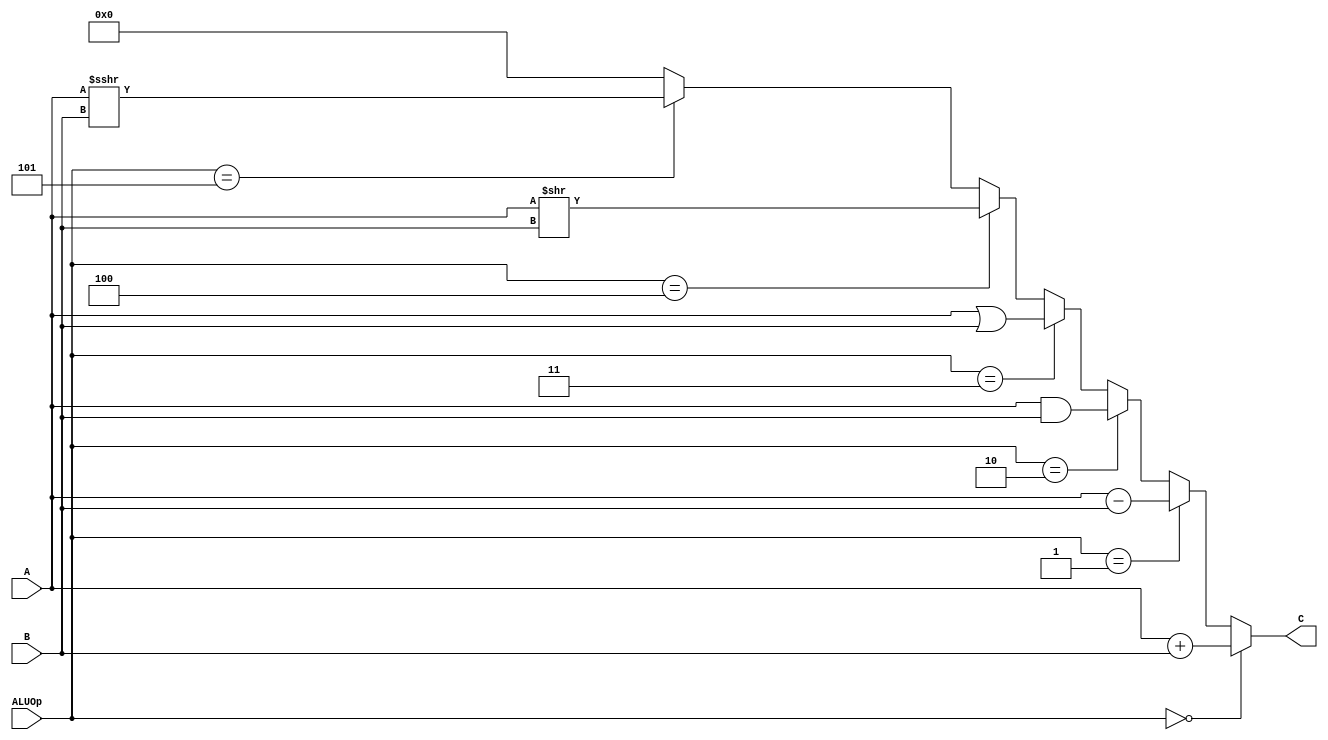
`timescale 1ns / 1ps
module alu(
    input [31:0] A,
    input [31:0] B,
    input [2:0] ALUOp,
    output [31:0] C
    );
	 
assign C=(ALUOp==3'b000)?(A+B):
		 (ALUOp==3'b001)?(A-B):
		 (ALUOp==3'b010)?(A&B):
		 (ALUOp==3'b011)?(A|B):
		 (ALUOp==3'b100)?(A>>B):
		 (ALUOp==3'b101)?$signed($signed(A)>>>B):0;

endmodule